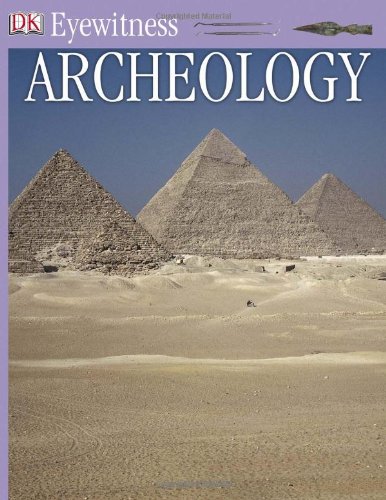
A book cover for Archeology (Eyewitness Books); Jane McIntosh; Children's Books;